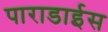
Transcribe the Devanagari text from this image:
पाराडाईस